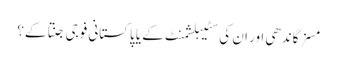
مسز گاندھی اور ان کی سٹیبلشمنٹ کے یا پاکستانی فوجی جنتا کے؟